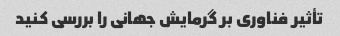
تأثیر فناوری بر گرمایش جهانی را بررسی کنید